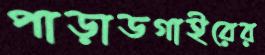
পাড়াডগাইরের